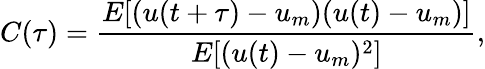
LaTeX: C(\tau)=\frac{E[(u(t+\tau)-u_{m})(u(t)-u_{m})]}{E[(u(t)-u_{m})^{2}]},